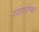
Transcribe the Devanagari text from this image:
रसवत्तेच्या